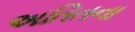
અતિતના